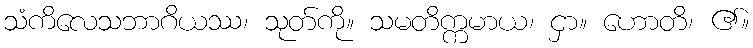
သံကိလေသဘာဂိယဿ၊ သုတ်ကို။ သမတိက္ကမာယ၊ ငှာ။ ဟောတိ၊ ၏။